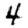
Digit: 4